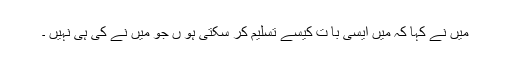
میں نے کہا کہ میں ایسی با ت کیسے تسلیم کر سکتی ہو ں جو میں نے کی ہی نہیں ۔